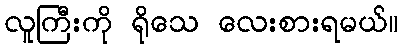
လူကြီးကို ရိုသေ လေးစားရမယ်။